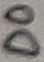
Text: D0